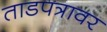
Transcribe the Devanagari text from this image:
ताडपत्रावर